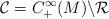
LaTeX: \begin{align*}\mathcal{C}= C^\infty_+(M) \backslash \mathcal{R}\end{align*}